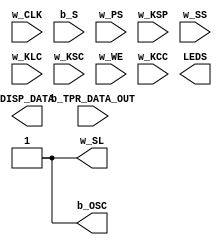
module TESTBENCH #(parameter LINE_LENGTH = 40, parameter WORD_LENGTH = 20, parameter PAGE_SIZE = 32,
	parameter PAGES_PER_TUBE = 2, parameter S_TUBES = 2, parameter n_OSC = 1)
	(input w_CLK, input [0:LINE_LENGTH-1] b_TPR_DATA_OUT, input [0:WORD_LENGTH-1] b_S, input w_PS,
	input w_KSP, input w_SS, input w_KLC, input w_KSC, input w_WE, input w_KCC,
	output w_SL, output [S_TUBES-1:0] DISP_DATA, output [3:0] LEDS, output [n_OSC-1:0] b_OSC);

	reg [0:4] test_1;
	reg [0:4] test_2;
	reg [0:4] test_3;

	//assign test_1 = 1;
	assign test_1[0] = 1;
	assign test_1[1] = 0;
	assign test_1[2] = 0;
	assign test_1[3] = 0;
	assign test_1[4] = 0;

	//assign test_2 = 1;
	assign test_2[0] = 1;
	assign test_2[1] = 1;
	assign test_2[2] = 1;
	assign test_2[3] = 0;
	assign test_2[4] = 0;

	reg [0:4] test_1_flip;
	reg [0:4] test_2_flip;
	reg [0:4] test_3_flip;

	genvar i;
	generate for (i=0; i<5; i=i+1) begin
		assign test_1_flip[i] = test_1[4-i];
		assign test_2_flip[i] = test_2[4-i];
		assign test_3[i] = test_3_flip[4-i];
	end endgenerate

	assign test_3_flip = test_1_flip + test_2_flip;


	assign b_OSC[0] = test_1[0];
	assign b_OSC[1] = test_1[1];
	assign b_OSC[2] = test_1[2];
	assign b_OSC[3] = test_1[3];
	assign b_OSC[4] = test_1[4];

	assign b_OSC[5] = test_2[0];
	assign b_OSC[6] = test_2[1];
	assign b_OSC[7] = test_2[2];
	assign b_OSC[8] = test_2[3];
	assign b_OSC[9] = test_2[4];

	assign b_OSC[10] = test_3[0];
	assign b_OSC[11] = test_3[1];
	assign b_OSC[12] = test_3[2];
	assign b_OSC[13] = test_3[3];
	assign b_OSC[14] = test_3[4];

	/*
	assign b_OSC[33] = b_ITG_SWITCH[0];
	assign b_OSC[34] = b_MS_ZERO[0];
	assign b_OSC[35] = b_TPR_SE[0];
	assign b_OSC[36] = b_TPR_HA_DATA[0];
	assign b_OSC[37] = b_SE[0];
	assign b_OSC[38] = w_KSC;
	assign b_OSC[39] = w_WE;
	*/

endmodule